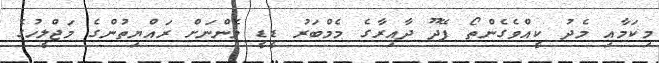
މިކަމާއި މެދު ކީއްވެގެންތޯ ފޭދޫ ދާއިރާގެ މެމްބަރު ޑީޑީ މެންނަށް ރައްޔިތުންގެ މަޖްލީހުގެ